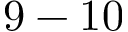
9 - 1 0